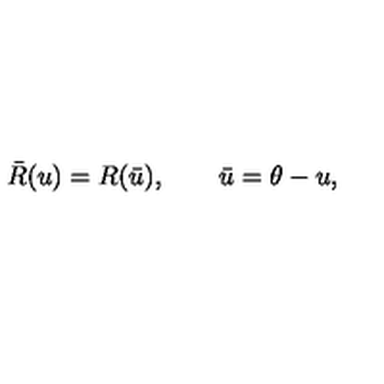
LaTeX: \bar { R } ( u ) = R ( \bar { u } ) , \qquad \bar { u } = \theta - u ,